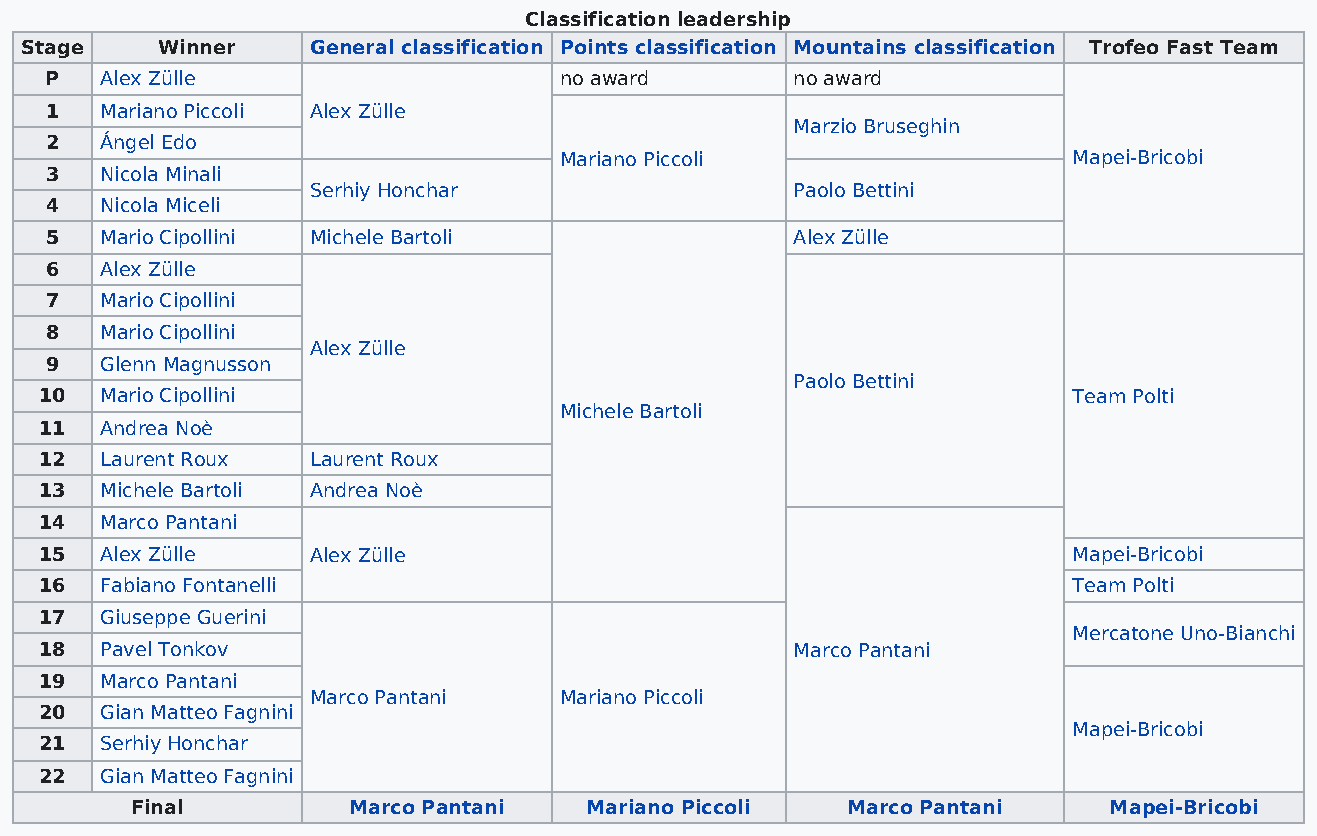
Classification leadership
 Stage    Winner     General classification Points classification Mountains classification Trofeo Fast Team
 P   Alex Zülle                    no award        no award
 1   Mariano Piccoli Alex Zülle
 Marzio Bruseghin
 2   Ángel Edo
 Mariano Piccoli                   Mapei-Bricobi
 3   Nicola Minali
 Serhiy Honchar                  Paolo Bettini
 4   Nicola Miceli
 5   Mario Cipollini Michele Bartoli               Alex Zülle
 6   Alex Zülle
 7   Mario Cipollini
 8   Mario Cipollini
 Alex Zülle
 9   Glenn Magnusson
 Paolo Bettini
 10  Mario Cipollini                                                 Team Polti
 Michele Bartoli
 11  Andrea Noè
 12  Laurent Roux  Laurent Roux
 13  Michele Bartoli Andrea Noè
 14  Marco Pantani
 15  Alex Zülle    Alex Zülle                                        Mapei-Bricobi
 16  Fabiano Fontanelli                                              Team Polti
 17  Giuseppe Guerini
 Mercatone Uno-Bianchi
 18  Pavel Tonkov                                  Marco Pantani
 19  Marco Pantani
 Marco Pantani   Mariano Piccoli
 20  Gian Matteo Fagnini
 Mapei-Bricobi
 21  Serhiy Honchar
 22  Gian Matteo Fagnini
 Final         Marco Pantani   Mariano Piccoli  Marco Pantani    Mapei-Bricobi